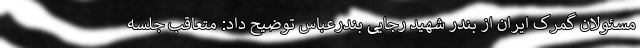
مسئولان گمرک ایران از بندر شهید رجایی بندرعباس توضیح داد: متعاقب جلسه